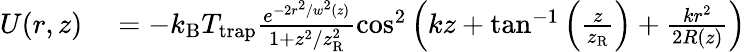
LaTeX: \begin{array}{rl}{U(r,z)}&{{}=-k_{\mathrm{B}}T_{\mathrm{trap}}\frac{e^{-2r^{2}/w^{2}(z)}}{1+z^{2}/z_{\mathrm{R}}^{2}}\cos^{2}\left(kz+\tan^{-1}\left(\frac{z}{z_{\mathrm{R}}}\right)+\frac{kr^{2}}{2R(z)}\right)}\end{array}